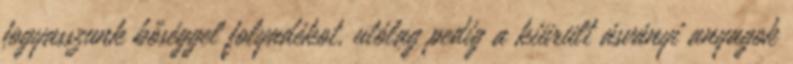
fogyasszunk bőséggel folyadékot, utólag pedig a kiürült ásványi anyagok